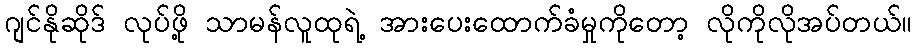
ဂျင်နိုဆိုဒ် လုပ်ဖို့ သာမန်လူထုရဲ့ အားပေးထောက်ခံမှုကိုတော့ လိုကိုလိုအပ်တယ်။